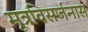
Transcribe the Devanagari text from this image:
मूत्रविसर्जनास